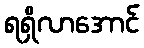
ရရှိလာအောင်